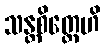
သန္တစိတ္တေဟိ